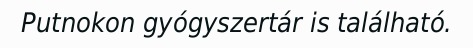
Putnokon gyógyszertár is található.